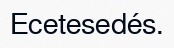
Ecetesedés.